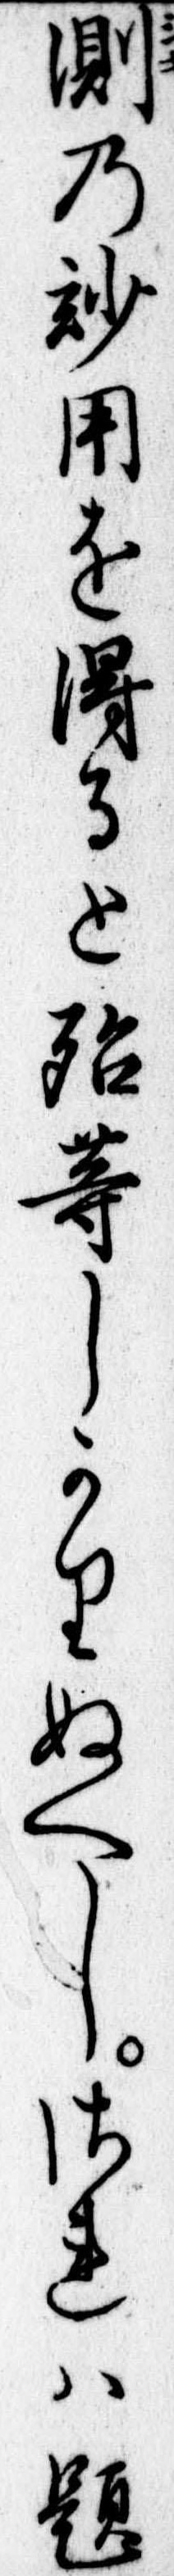
測の妙用を得ると殆等しかりぬへしされは題